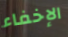
الإخفاء